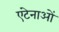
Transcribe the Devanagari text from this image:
एंटेनाओं